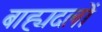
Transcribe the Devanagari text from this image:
बाह्यदलों